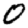
Digit: 0